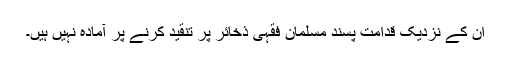
ان کے نزدیک قدامت پسند مسلمان فقہی ذخائر پر تنقید کرنے پر آمادہ نہیں ہیں۔